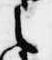
之